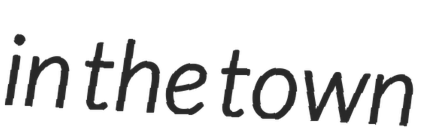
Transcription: in the town